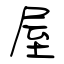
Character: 屋